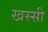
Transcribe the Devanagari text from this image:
खस्सी